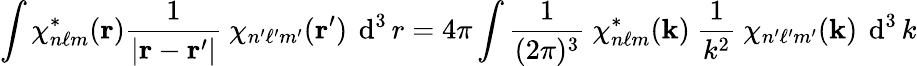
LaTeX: \int\chi_{n\ell m}^{*}(\mathbf{r}){\frac{1}{\left|\mathbf{r}-\mathbf{r}^{\prime}\right|}}~\chi_{n^{\prime}\ell^{\prime}m^{\prime}}(\mathbf{r}^{\prime})~\operatorname{d}^{3}r=4\pi\int{\frac{1}{(2\pi)^{3}}}~\chi_{n\ell m}^{*}(\mathbf{k})~{\frac{1}{k^{2}}}~\chi_{n^{\prime}\ell^{\prime}m^{\prime}}(\mathbf{k})~\operatorname{d}^{3}k